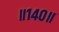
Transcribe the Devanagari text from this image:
॥१४०॥